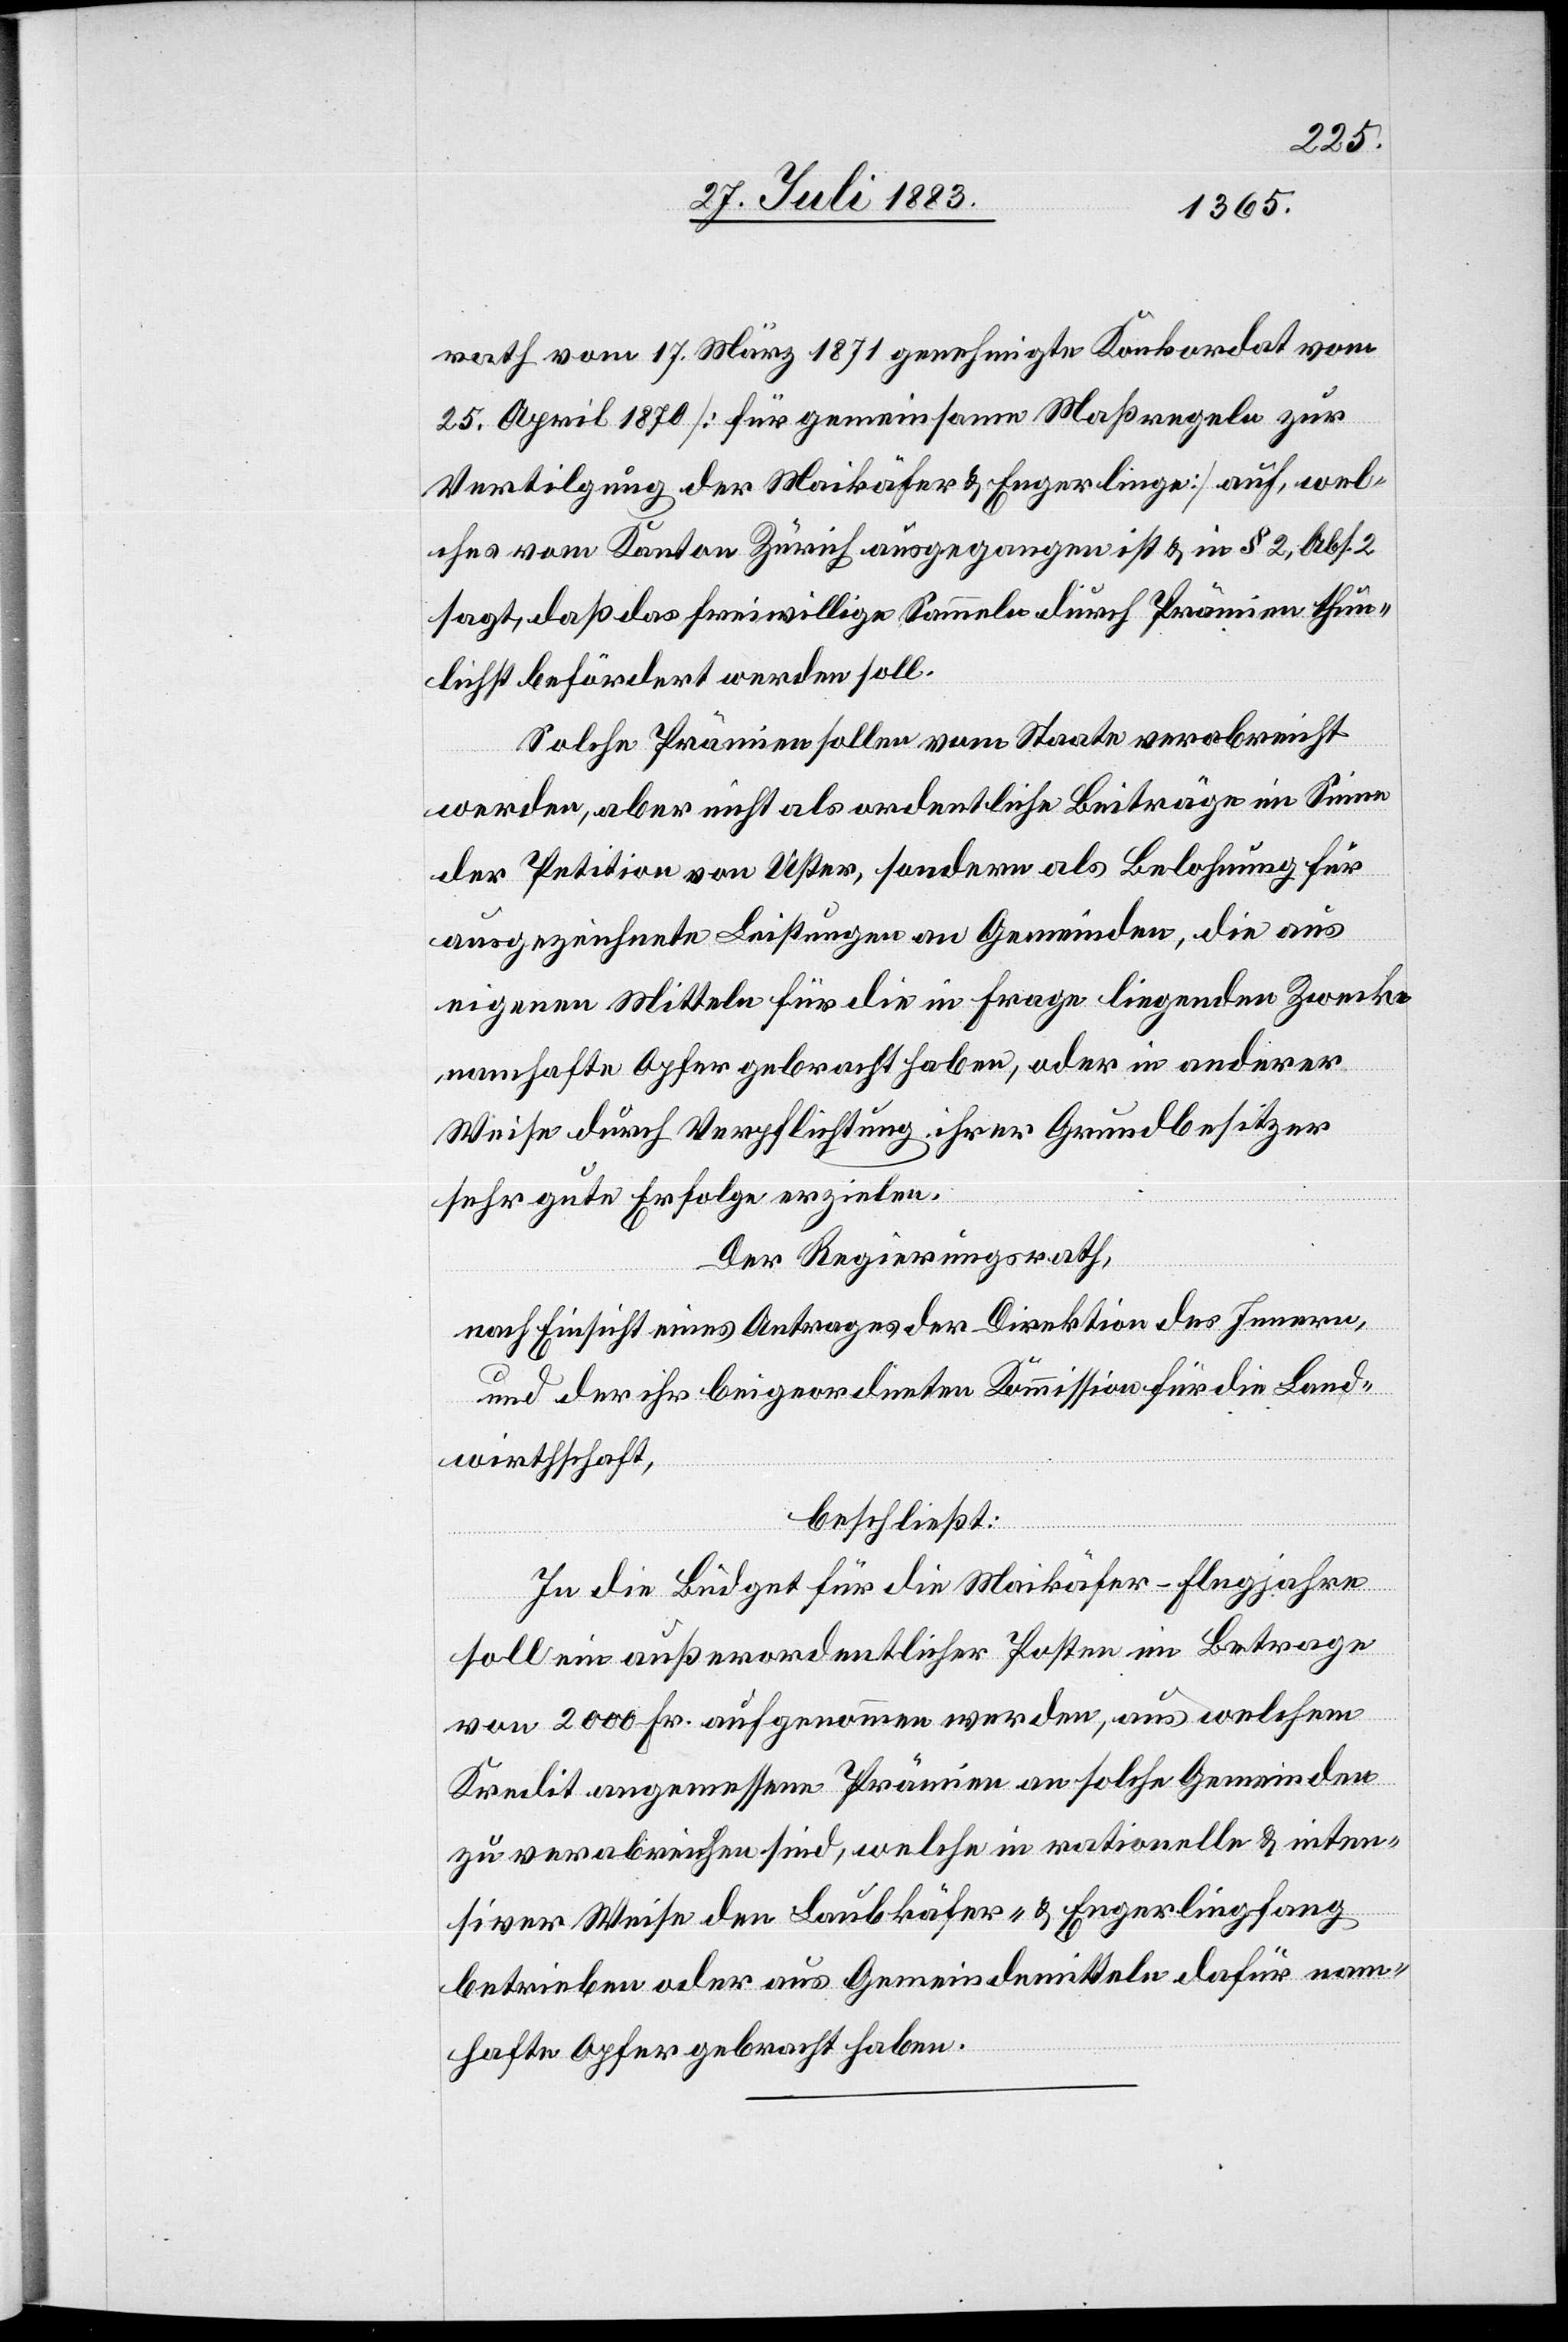
rath vom 17. März 1871 genehmigte Konkordat vom
25. April 1870 [für gemeinsame Maßregeln zur
Vertilgung der Maikäfer & Engerlinge] auf, wel¬
ches vom Kanton Zürich ausgegangen ist & in § 2, Abs. 2
sagt, daß das freiwillige Sammeln durch Prämien thun¬
lichst befördert werden soll.
Solche Prämien sollen vom Staate verabreicht
werden, aber nicht als ordentliche Beiträge im Sinne
der Petition von Uster, sondern als Belohnung für
ausgezeichnete Leistungen an Gemeinden, die aus
eigenen Mitteln für die in Frage liegenden Zwecke
namhafte Opfer gebracht haben, oder in anderer
Weise durch Verpflichtung ihrer Grundbesitzer
sehr gute Erfolge erzielen.
Der Regierungsrath,
nach Einsicht eines Antrages der Direktion des Innern,
und der ihr beigeordneten Kommission für Land¬
wirthschaft,
beschließt:
In die Büdget für die Maikäfer-Flugjahre
soll ein außerordentlicher Posten im Betrage
von 2000 Fr. aufgenommen werden, aus welchem
Kredit angemessene Prämien an solche Gemeinden
zu verabreichen sind, welche in rationelle[r] & inten¬
siver Weise den Laubkäfer- & Engerlingfang
betreiben oder aus Gemeindemittel dafür nam¬
hafte Opfer gebracht haben.